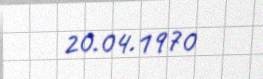
20.04.1970